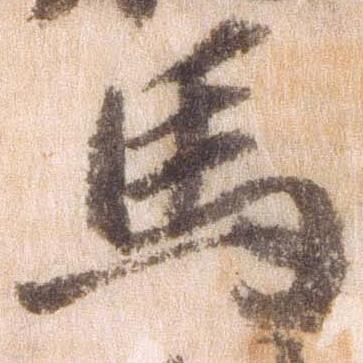
馬